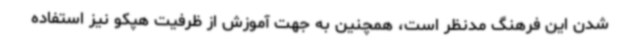
شدن این فرهنگ مدنظر است، همچنین به جهت آموزش از ظرفیت هپکو نیز استفاده